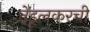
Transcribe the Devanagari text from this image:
तेंडूलकरची